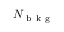
N _ { \mathrm { ~ b ~ k ~ g ~ } }